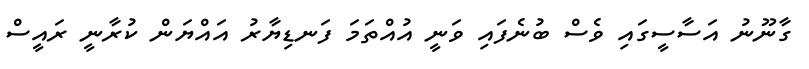
ގާނޫނު އަސާސީގައި ވެސް ބުނެފައި ވަނީ އުއްތަމަ ފަނޑިޔާރު އައްޔަން ކުރާނީ ރައީސް